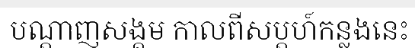
បណ្តាញសង្គម កាលពីសប្តហ៍កន្លងនេះ